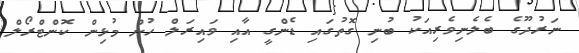
ނަރުދޫގެ ބެލެނިވެރިއަކު ބުނި ގޮތުގައި ޑެންގީ އާއި ވައިރަލް ހުން މުޅިން ކޮންޓްރޯލް